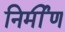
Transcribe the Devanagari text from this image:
निर्मीण